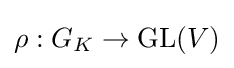
\rho :G_{K}\rightarrow \mathrm {GL} (V)